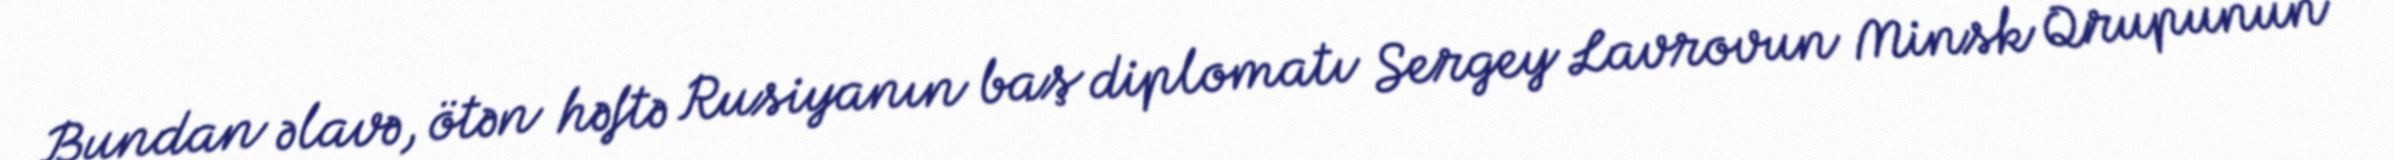
Bundan əlavə, ötən həftə Rusiyanın baş diplomatı Sergey Lavrovun Minsk Qrupunun